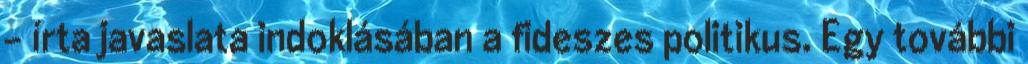
- írta javaslata indoklásában a fideszes politikus. Egy további